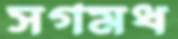
সগমধ